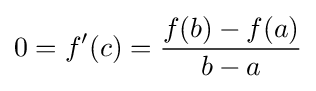
0=f'(c)={\frac {f(b)-f(a)}{b-a}}